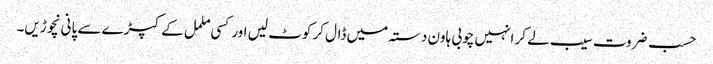
حسب ضروت سیب لے کر انہیں چوبی ہاون دستہ میں ڈال کر کوٹ لیں اور کسی ململ کے کپڑے سے پانی نچوڑیں۔